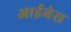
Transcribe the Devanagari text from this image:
आईबेस